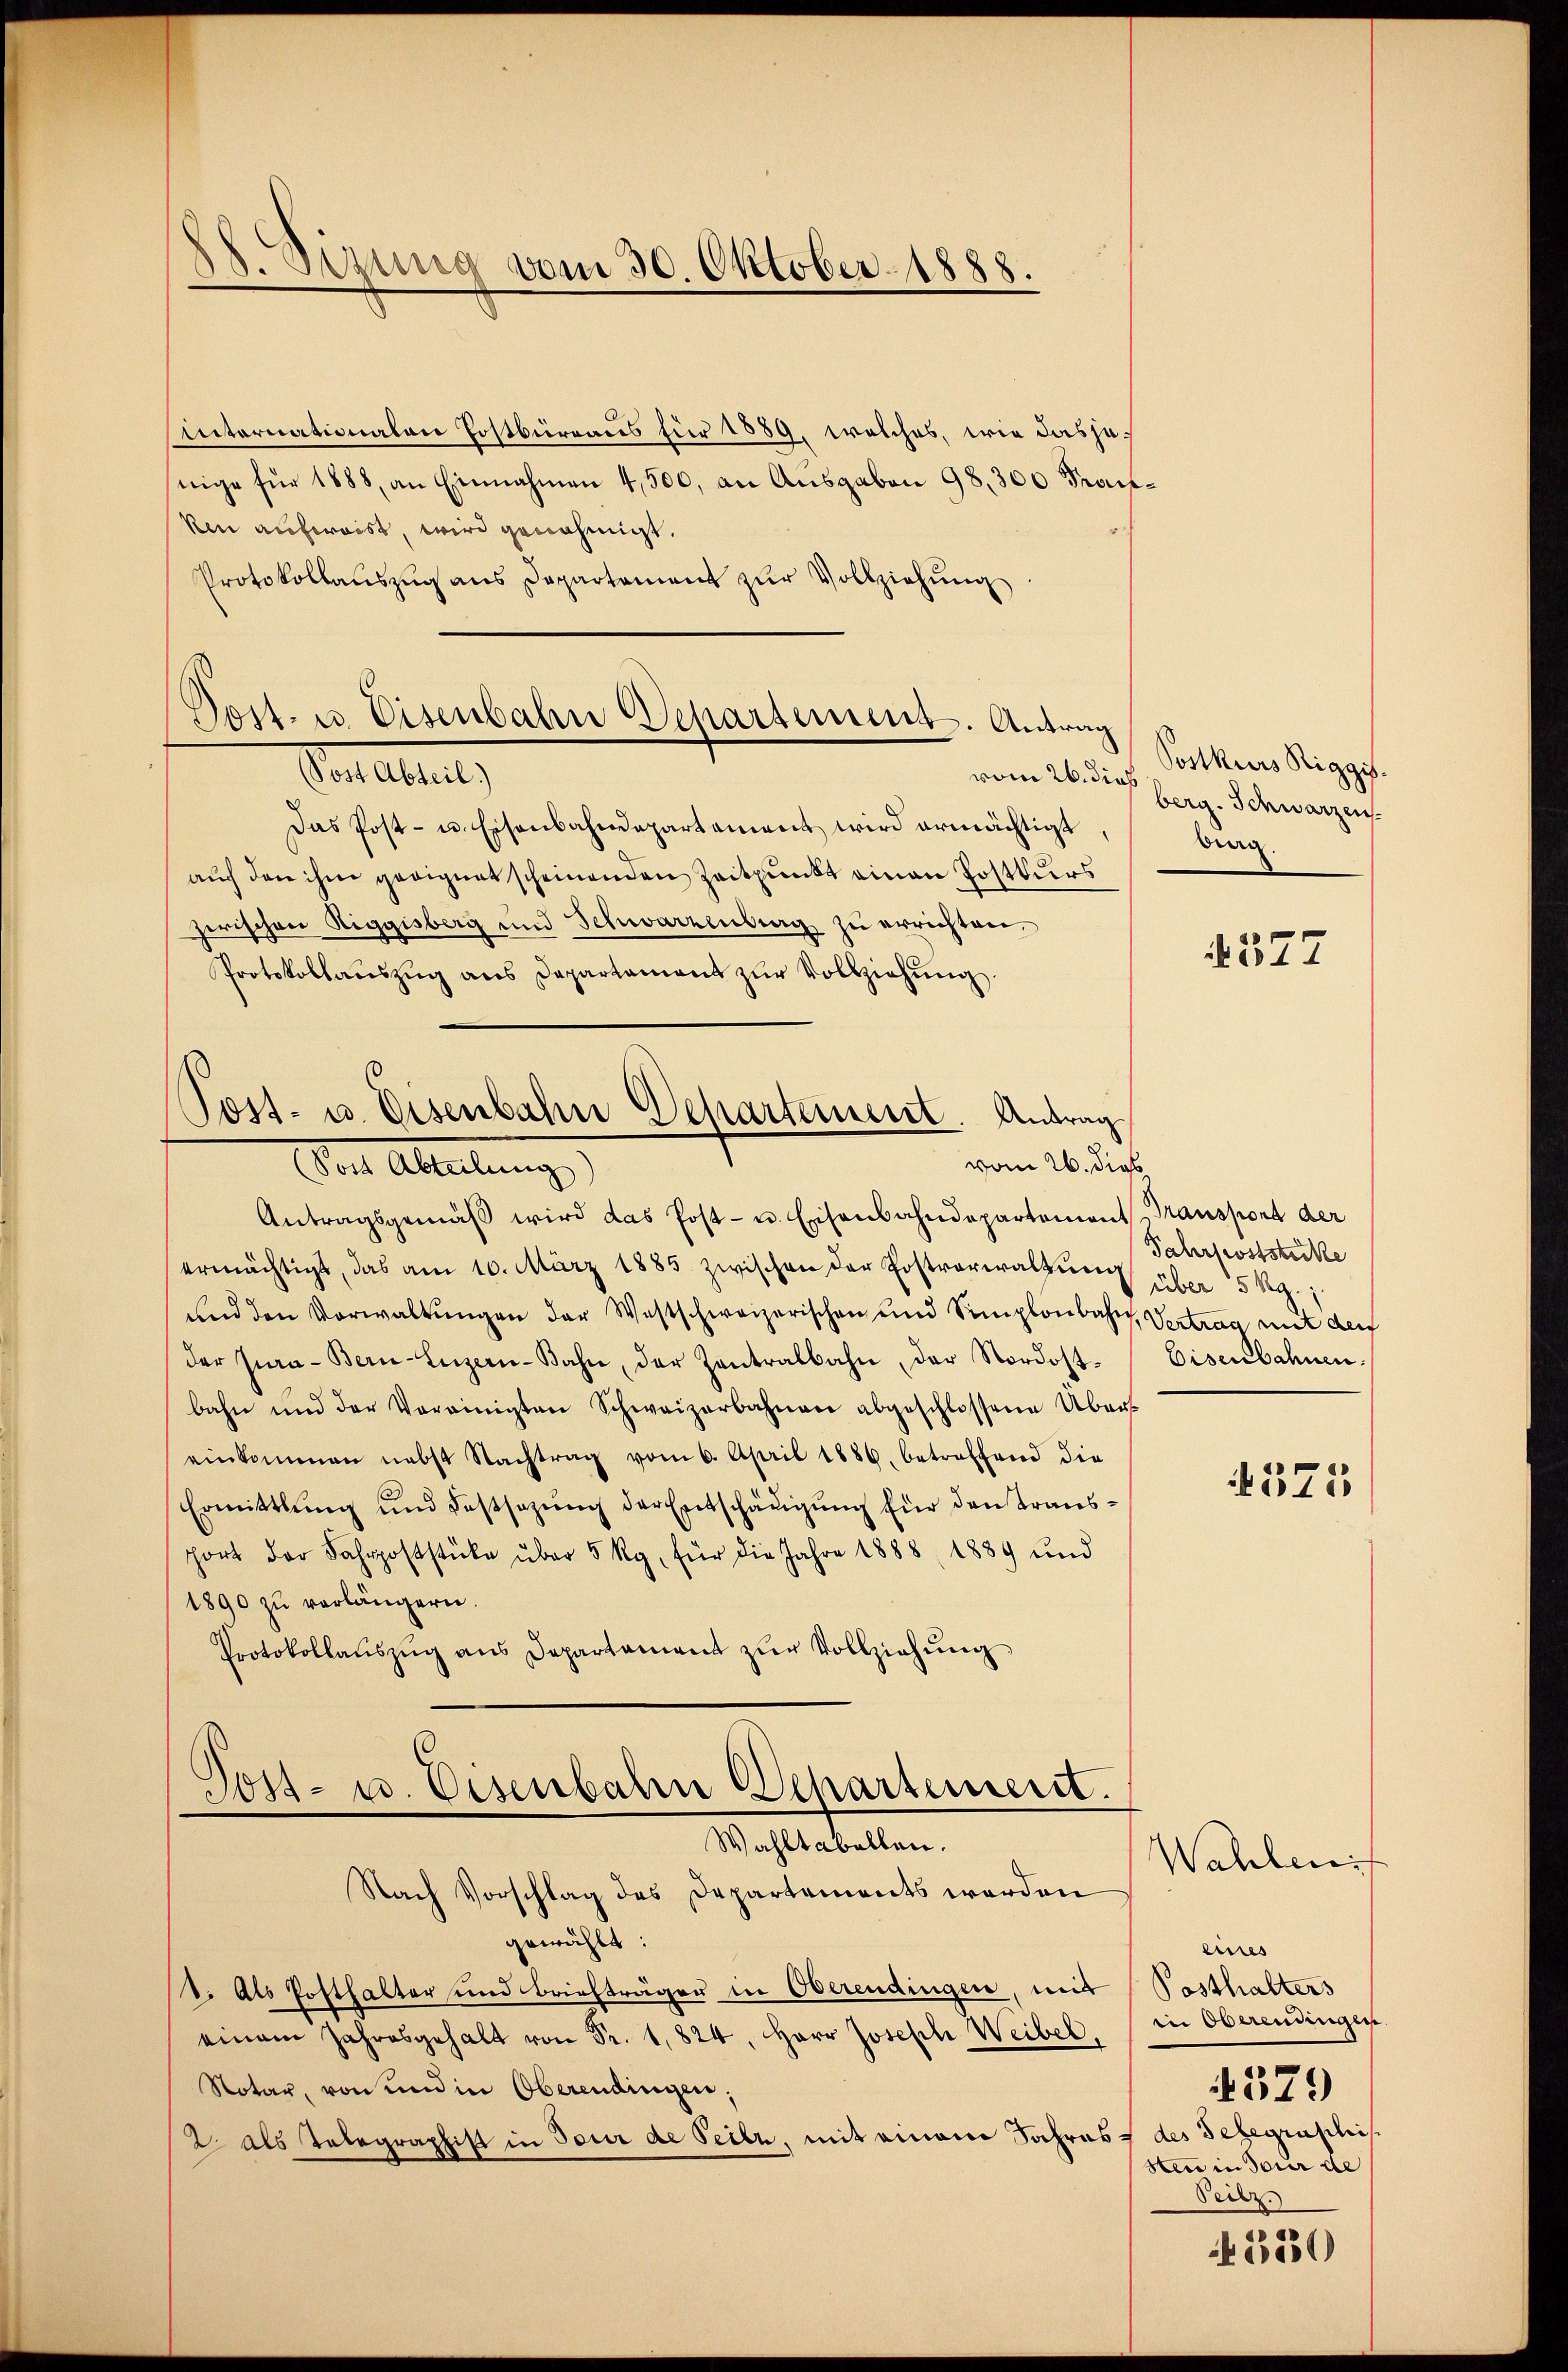
88. Sitzung vom 30. Oktober 1888.

internationalen Postbürraus für 1889, welches, wie dasjenige für 1888, an Einnahmen 4,500, an Ausgaben 98, 300 Fran¬
Ain aufweist, wird genehmigt.
Protokollaŭszŭg ans Departement zŭr Vollziehŭng.

Post. u. Eisenbahn Deparsement. Antrag
Sonebulg
vom 26. dieß

Das Post- u. Eisenbahndepartament wird ermächtigt
auf den ihm geeignet scheinenden Zeitpunkt einen Postkurs
zwischen Riggisberg und Schwarzenberg zu errichten.
Protokollaŭszŭg ans Departament zŭr Vollziehŭng.

Post- u. Eisenbahn Departement. Antrag
vom 26. dies
Der Ableitung

Post- u. Eisenbahn Departement.
Wahlt aballen.
Nach Vorschlag des Departements werden

Postkurs Riggis.
berg. Schwarzen
wag

Antragsgemäβ wird das Post- u. Eisenbahndepartement-Transport der
ermächtigt, das am 10. März 1885 zwischen der Postrareraltŭng über 5 Rp.
und den Vorwaltŭngen der Westschweizerischen und Simplonbahr Vertrag mit der
der Jura - Bern-Luzern-Bahn, der Zentralbahn, der Nordostbahn und der Vereinigten Schweizerbahnen abgeschlossene Über-
einkommen nebst Nachtrag vom 6. April 1886. betreffend die
Ermittlung und Festsezŭng der Entschädigŭng für den Transport der Fahrpoststücke über 5 kg, für die Jahre 1888, 1889 und
1890 zŭ verlängern.
Protokollaŭszŭg ans Departament zŭr Vollziehŭng

gewählt:
1. Als Posthalter und Briefträger in Oberendingen, mit Posthalters
einem Jahresgehalt von Fr. 1824, Herr Joseph Weibel, in Oberendingen
Notar, von und in Oberendingen;
2 als Telegraphist in Tour de Teile, mit einem Jahres des Telegraphis

1377

Fahrpoststecke
Eisenbahnen.

575

Wahlen
lieres
379
sten in Tour de
Veilz.

530